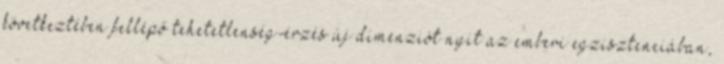
következtében fellépő tehetetlenség-érzés új dimenziót nyit az emberi egzisztenciában,